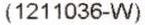
(1211036-W)